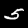
Label: 5